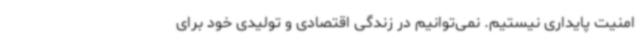
امنیت پایداری نیستیم. نمی‌توانیم در زندگی اقتصادی و تولیدی خود برای